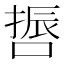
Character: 𠺃